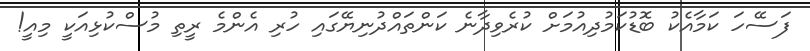
ފަސޭހަ ކަމާއެކު ބޮޑުކަމުދިއުމަށް ކުރެވިދާނެ ކަންތައްދުނިޔޭގައި ހުރި އެންމެ ރީތި މުސްކުޅިއަކީ މިއީ!